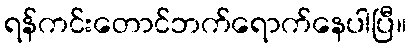
ရန်ကင်းတောင်ဘက်ရောက်နေပါပြီ။